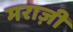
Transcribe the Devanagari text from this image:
मराज़ी